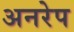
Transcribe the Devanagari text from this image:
अनरेप